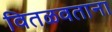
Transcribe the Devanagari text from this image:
वितळवताना